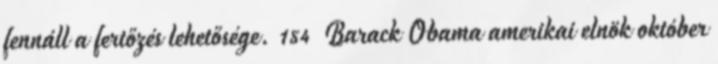
fennáll a fertőzés lehetősége. 154 Barack Obama amerikai elnök október